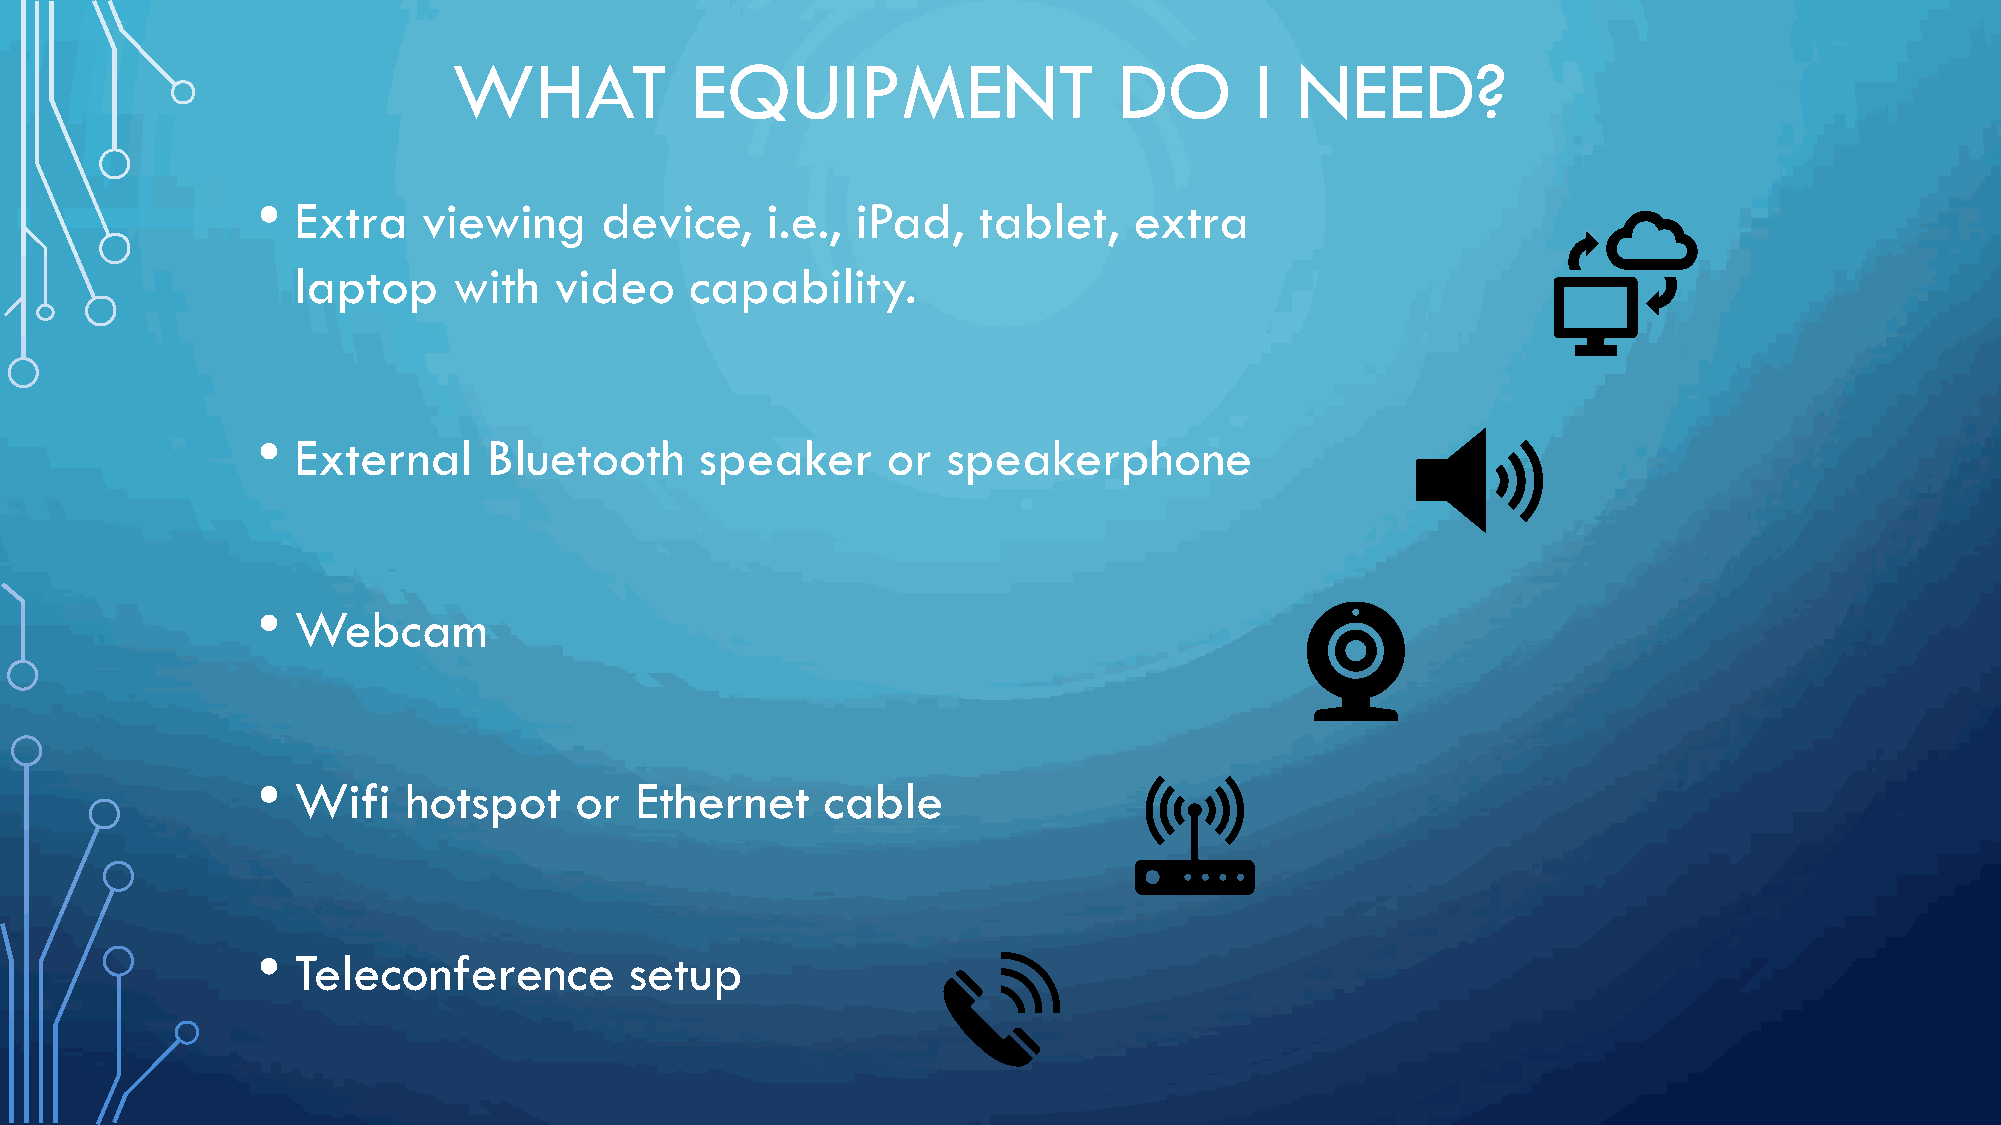
WHAT            EQUIPMENT                   DO       I  NEED?
 •
 Extra    viewing     device,    i.e., iPad,   tablet,   extra
 laptop     with   video    capability.
 •
 External     Bluetooth     speaker      or  speakerphone
 •
 Webcam
 •
 Wifi    hotspot    or  Ethernet     cable
 •
 Teleconference         setup